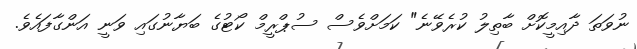
ނުވަތަ ދާއިމީކޮށް ބާތިލު ކުރެވޭނެ" ކަމަށްވެސް ސުޕްރީމް ކޯޓުގެ ބަޔާނުގައި ވަނީ އަންގާފައެވެ.